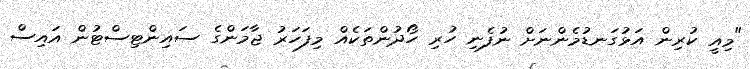
"މިއީ ކުރިން އަޅުގަނޑުމެންނަށް ނުފެނި ހުރި ހޯދުންތަކެއް މިފަހަރު ޖާމަންގެ ސައިންޓިސްޓުން އައިސް